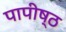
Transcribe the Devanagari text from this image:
पापीष्ठ